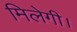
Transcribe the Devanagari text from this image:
मिलेगी।